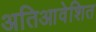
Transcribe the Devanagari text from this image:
अतिआवेशित